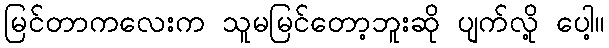
မြင်တာကလေးက သူမမြင်တော့ဘူးဆို ပျက်လို့ ပေါ့။